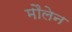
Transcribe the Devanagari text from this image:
मौलेन